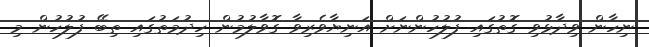
ނިހާން ވިދާޅުވި ގޮތުގައި ފުލުހުންނަށް އަނިޔާވެރިވާ ގޮވާލުމުން ހިދުމަތުގައި ތިބޭ ފުލުހުން މި